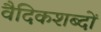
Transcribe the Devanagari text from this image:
वैदिकशब्दों